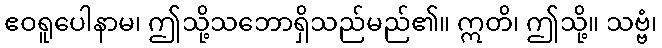
ဧဝရူပေါနာမ၊ ဤသို့သဘောရှိသည်မည်၏။ ဣတိ၊ ဤသို့။ သဗ္ဗံ၊